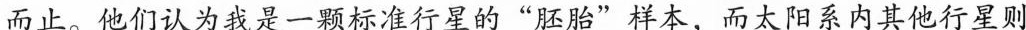
而止。他们认为我是一颗标准行星的“胚胎”样本，而太阳系内其他行星则